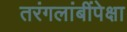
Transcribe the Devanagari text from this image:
तरंगलांबींपेक्षा